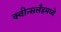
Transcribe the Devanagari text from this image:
क्वीन्सलँडमध्ये